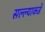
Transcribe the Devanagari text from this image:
सल्ल्याकडे